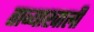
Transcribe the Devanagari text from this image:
ताब्याखाली